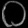
Digit: ၀